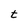
Character: t